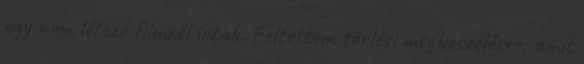
egy nem létező filmről írtak. Feltettem törlési megbeszélésre, amit